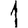
Digit: 1